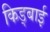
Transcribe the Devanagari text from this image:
किड्बाई